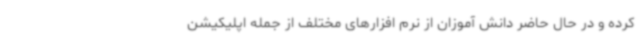
کرده و در حال حاضر دانش آموزان از نرم افزارهای مختلف از جمله اپلیکیشن